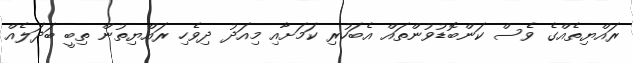
ރައްޔިތެއްގެ ވެސް ކަންބޮޑުވުންތައް އެބަހުރި ކަމަށާއި މިއަދު ދިވެހި ރައްޔިތުން ތިބީ ބަދަލެއް